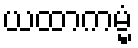
ယထာကမ္မံ